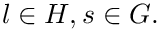
l \in H , s \in G .